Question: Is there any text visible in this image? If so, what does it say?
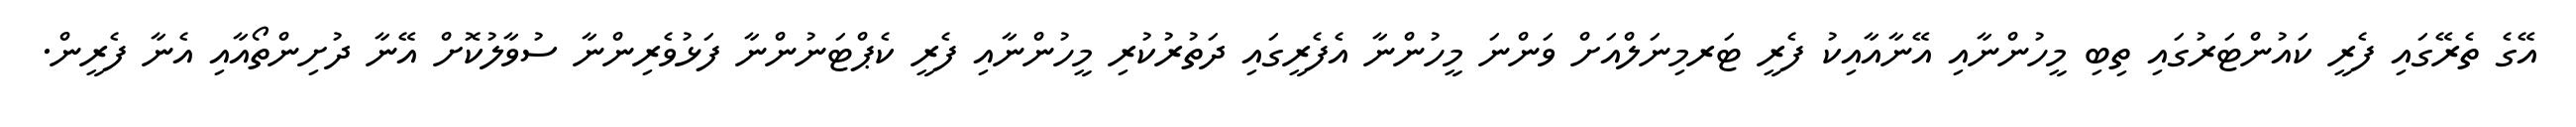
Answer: އޭގެ ތެރޭގައި ފެރީ ކައުންޓަރުގައި ތިބި މީހުންނާއި އޭނާއާއިކު ފެރީ ޓަރމިނަލްއަށް ވަންނަ މީހުންނާ އެފެރީގައި ދަތުރުކުރި މީހުންނާއި ފެރީ ކެޕްޓަނުންނާ ފަޅުވެރިންނާ ސުވާލުކޮށް އޭނާ ދުށިންތޯއާއި އެނާ ފެރީން.